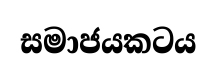
සමාජයකටය